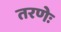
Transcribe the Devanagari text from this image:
तरणेः